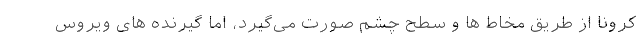
کرونا از طریق مخاط ها و سطح چشم صورت می‌گیرد، اما گیرنده های ویروس